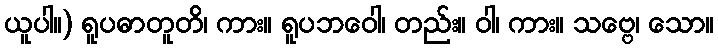
ယူပါ။) ရူပဓာတူတိ၊ ကား။ ရူပဘဝေါ၊ တည်း။ ဝါ၊ ကား။ သဗ္ဗေ၊ သော။